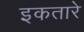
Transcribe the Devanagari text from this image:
इकतारे